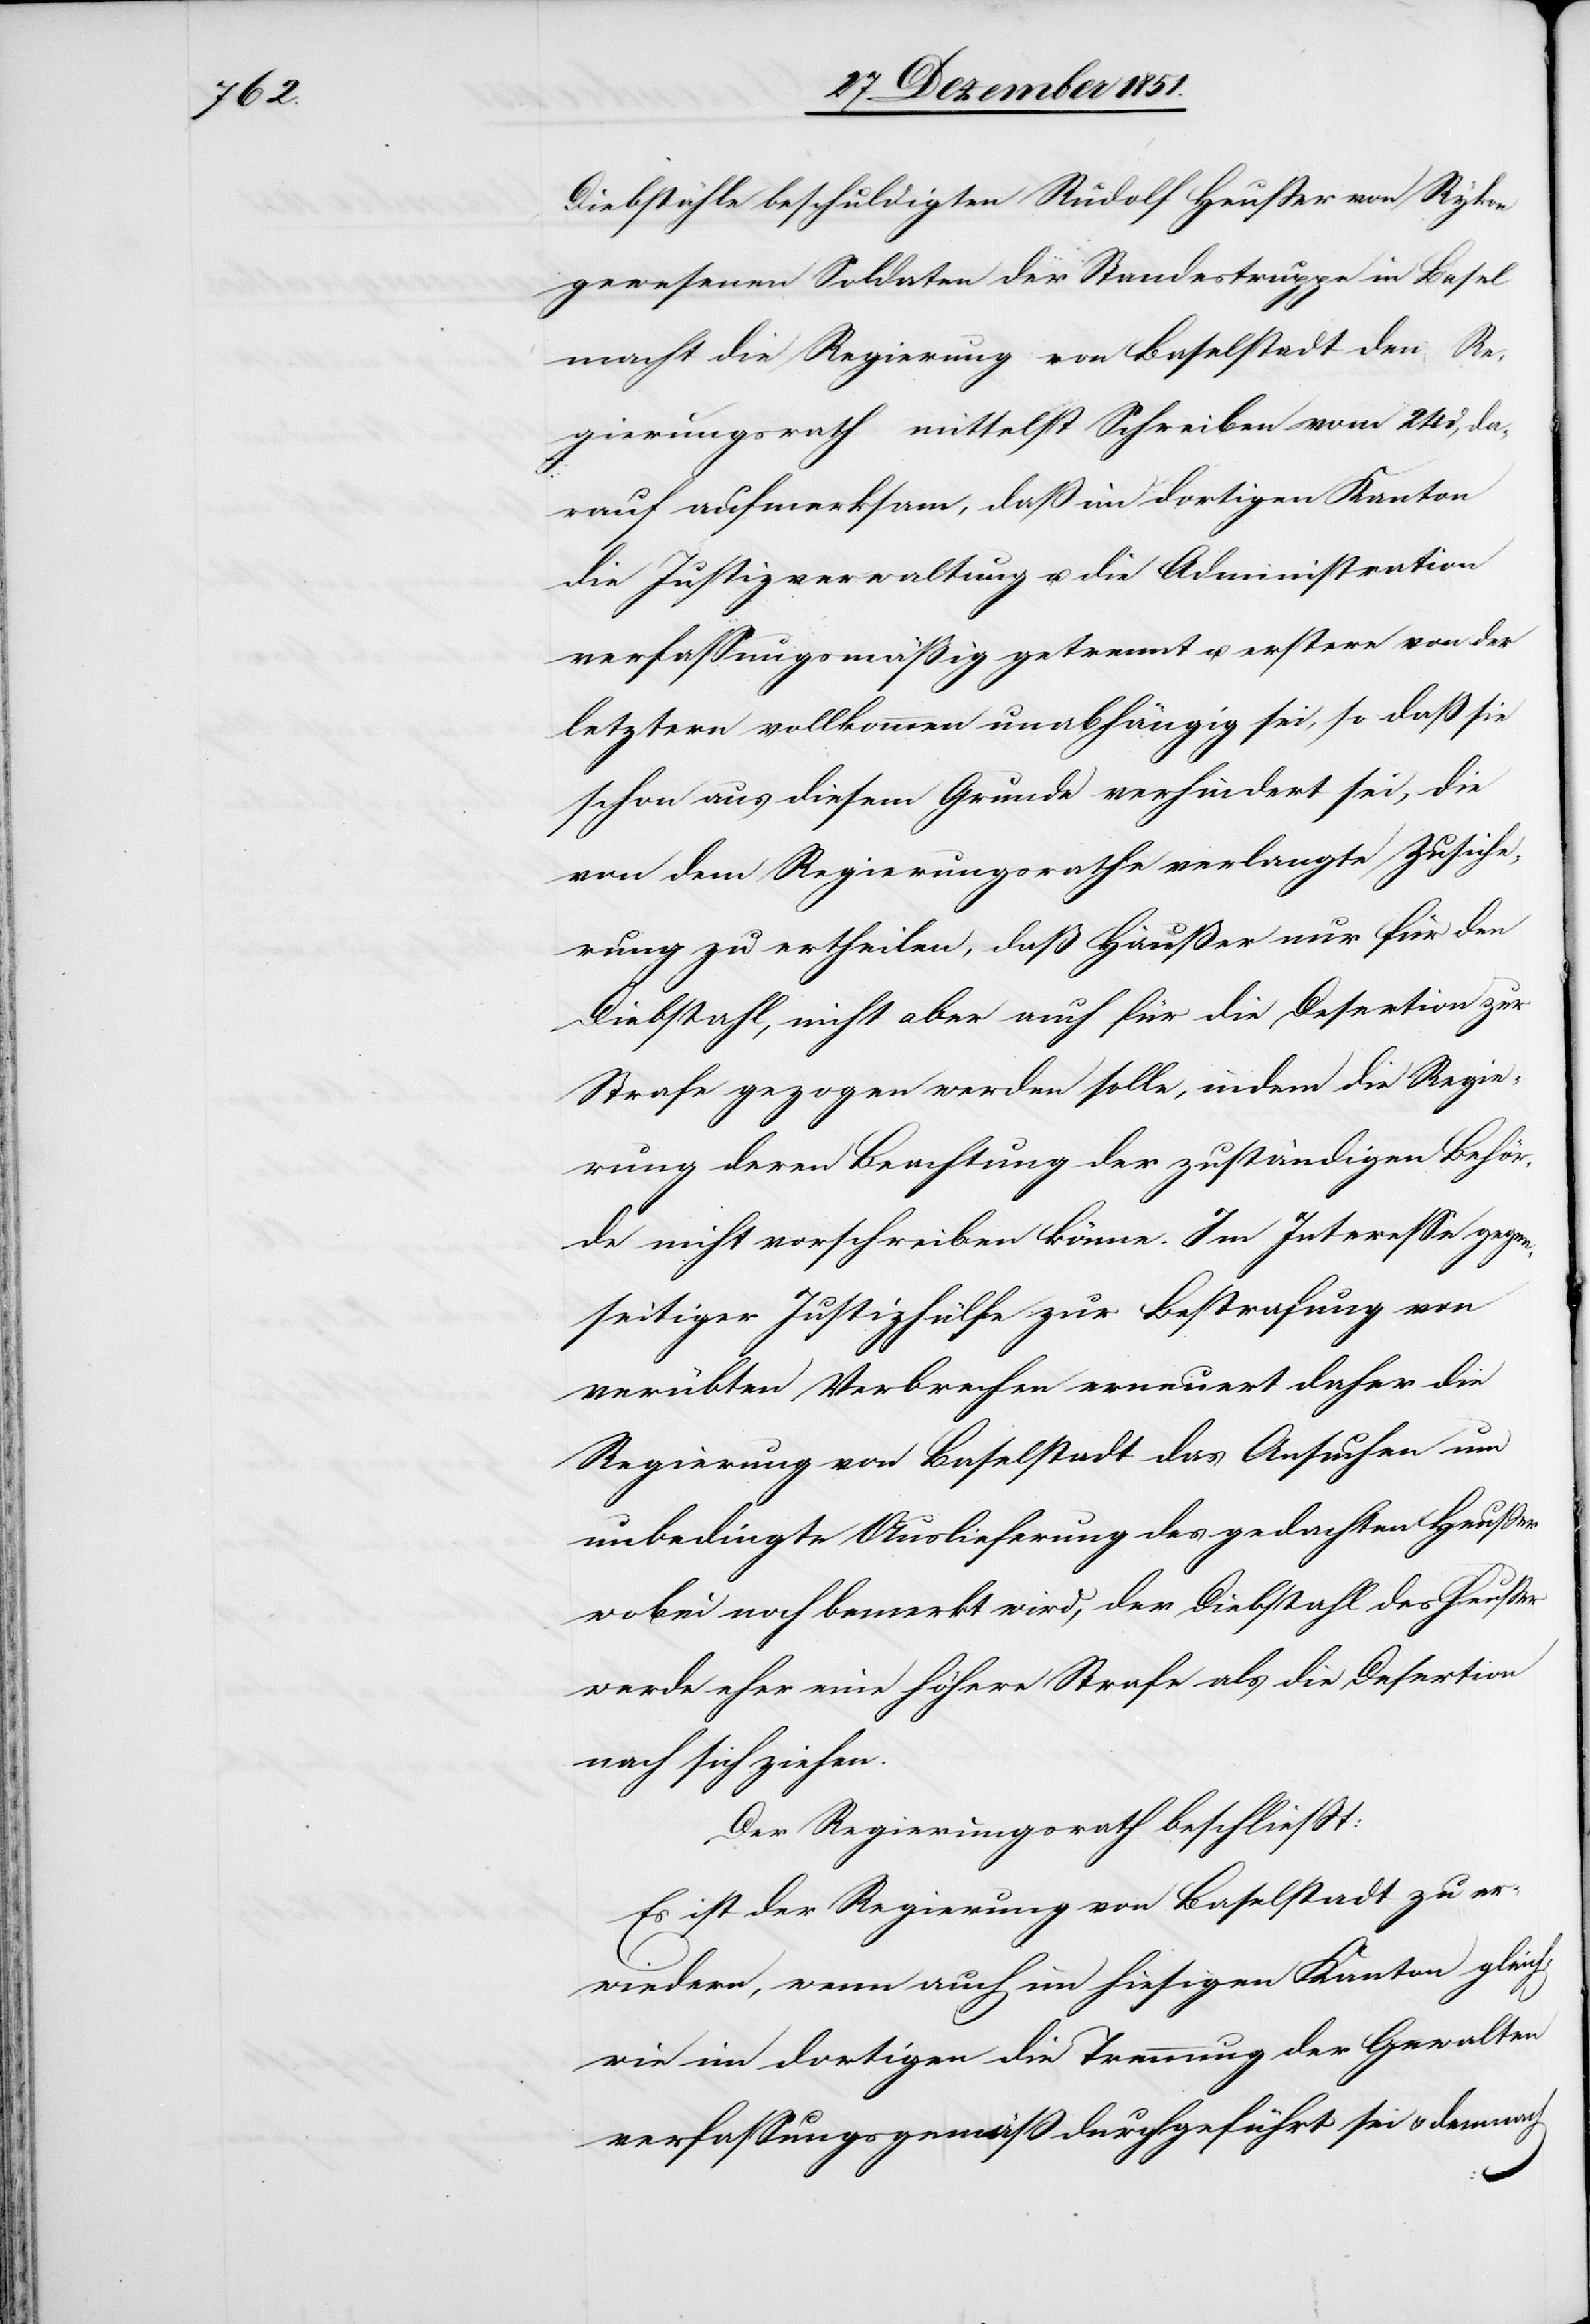
Diebstähle beschuldigten Rudolf Heußer von Rykon
gewesenen Soldaten der Standestruppe in Basel
macht die Regierung von Baselstadt den Re¬
gierungsrath mittelst Schreiben vom 24 d, da¬
rauf aufmerksam, daß im dortigen Kanton
die Justizverwaltung u. die Administration
verfassungsmäßig getrennt u. erstere von der
letztern vollkommen unabhängig sei, so daß sie
schon aus diesem Grunde verhindert sei, die
von dem Regierungsrathe verlangte Zusiche¬
rung zu ertheilen, daß Häußer [sic!] nur für den
Diebstahl, nicht aber auch für die Desertion zur
Strafe gezogen werden solle, indem die Regie¬
rung deren Beachtung der zuständigen Behör¬
de nicht vorschreiben könne. Im Interesse gegen¬
seitiger Justizhülfe zur Bestrafung von
verübten Verbrechen erneuert daher die
Regierung von Baselstadt das Ansuchen um
unbedingte Auslieferung des gedachten Heußer
wobei noch bemerkt wird, der Diebstahl des Heußer
werde eher eine höhere Strafe als die Desertion
nach sich ziehen.
Der Regierungsrath beschließt:
Es ist der Regierung von Baselstadt zu er¬
wiedern, wenn auch im hiesigen Kanton gleich,
wie im dortigen die Trennung der Gewalten
verfassungsgemäß durchgeführt sei & demnach